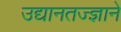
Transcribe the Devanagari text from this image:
उद्यानतज्ज्ञाने